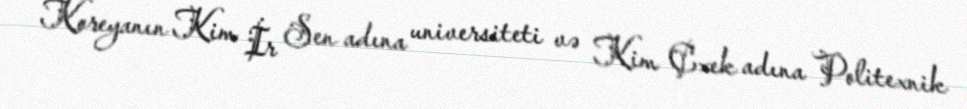
Koreyanın Kim İr Sen adına universiteti və Kim Çxek adına Politexnik